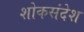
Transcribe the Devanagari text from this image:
शोकसंदेश